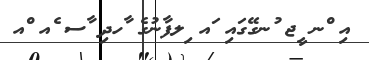
އި ްނ ީޖ ުނގޭގައި ައ ިލފާނުގެ ާހދި ާސ ެއ ްއ